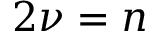
2 \nu = n